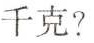
千克?